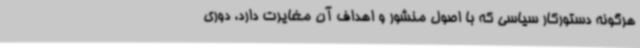
هرگونه دستورکار سیاسی که با اصول منشور و اهداف آن مغایرت دارد، دوری